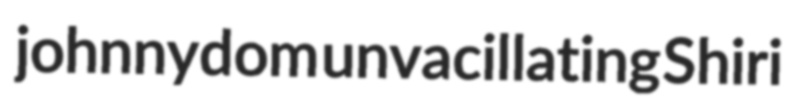
johnnydom unvacillating Shiri